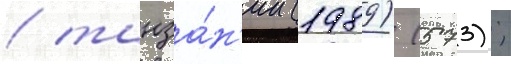
/ танза́н'ии (1989) (573);